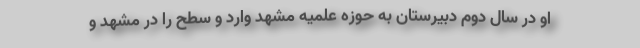
او در سال دوم دبیرستان به حوزه علمیه مشهد وارد و سطح را در مشهد و